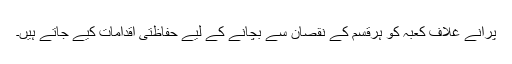
پرانے غلاف کعبہ کو ہرقسم کے نقصان سے بچانے کے لیے حفاظتی اقدامات کیے جاتے ہیں۔